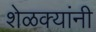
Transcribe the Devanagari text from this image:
शेळक्यांनी